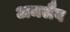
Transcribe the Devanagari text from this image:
अमलैब